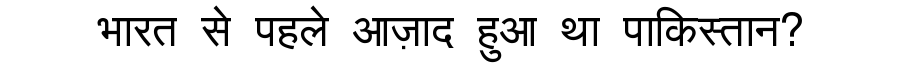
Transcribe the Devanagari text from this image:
भारत से पहले आज़ाद हुआ था पाकिस्तान?